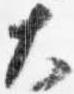
大